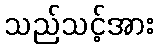
သည်သင့်အား